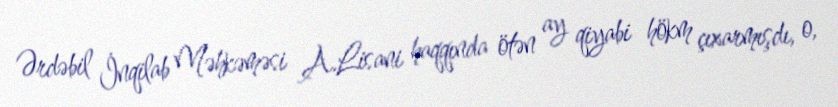
Ərdəbil İnqilab Məhkəməsi A.Lisani haqqında ötən ay qiyabi hökm çıxarmışdı, o,